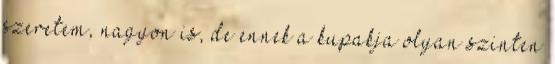
szeretem, nagyon is, de ennek a kupakja olyan szinten